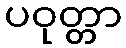
ပဝုတ္တာ